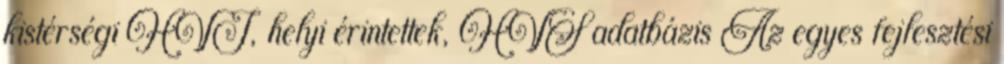
kistérségi HVI, helyi érintettek, HVS adatbázis Az egyes fejlesztési